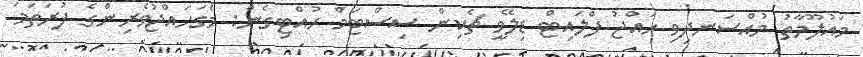
މައުލޫމާތު މުއްސަނދިވި ހައްޖު ފްލައިޓް ޑިލޭވީ ޗެކިން ސިސްޓަމް ހުއްޓިގެން: މެގަހައްޖުވެރިންގެ ފުރަތަމަ